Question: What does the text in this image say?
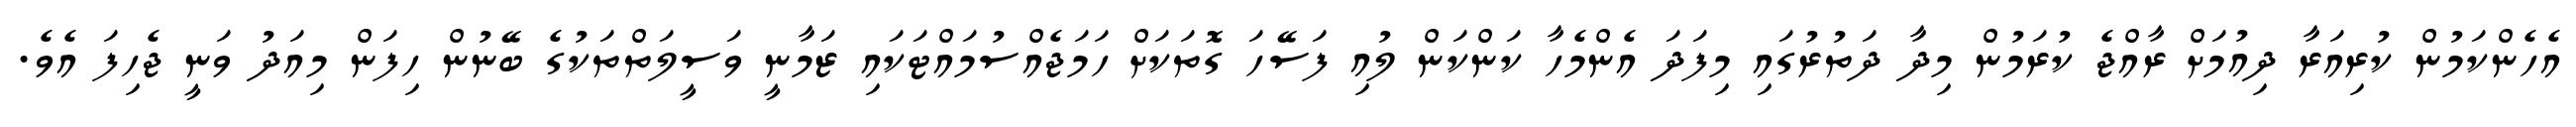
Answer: އެހެންކަމުން ކުރިއަރާ ދިއުމަށް ރާއްޖެ ކުރަމުން މިދާ ދަތުރުގައި މިފަދަ އެންމެހާ ކަންކަން ލުއި ފަސޭހަ ގޮތަކަށް ހަމަޖެއްސުމައްޓަކައި ޒަމާނީ ވަސީލަތްތަކުގެ ބޭނުން ހިފަން މިއަދު ވަނީ ޖެހިފަ އެވެ.